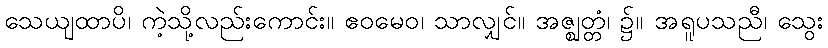
သေယျထာပိ၊ ကဲ့သို့လည်းကောင်း။ ဧဝမေဝ၊ သာလျှင်။ အဇ္ဈတ္တံ၊ ၌။ အရူပသညီ၊ သွေး